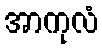
အာကုလံ